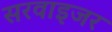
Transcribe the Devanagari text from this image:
सरवाइजर